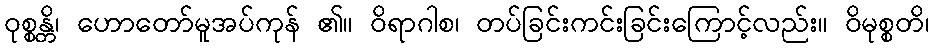
ဝုစ္စန္တိ၊ ဟောတော်မူအပ်ကုန် ၏။ ဝိရာဂါစ၊ တပ်ခြင်းကင်းခြင်းကြောင့်လည်း။ ဝိမုစ္စတိ၊